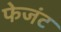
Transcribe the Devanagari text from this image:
फेजंट